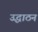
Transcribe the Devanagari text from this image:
उद्धाठन